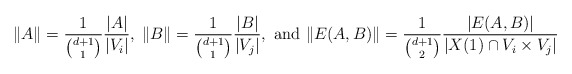
\begin{align*} \|A\| = \frac{1}{{d+1 \choose 1}} \frac{|A|}{|V_i|},\; \|B\| = \frac{1}{{d+1 \choose 1}}\frac{|B|}{|V_j|}, \mbox{ and }\|E(A,B)\| = \frac{1}{{d+1 \choose 2}} \frac{|E(A,B)|}{|X(1)\cap V_i \times V_j|}\end{align*}